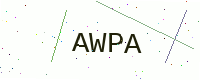
Text: AWPA